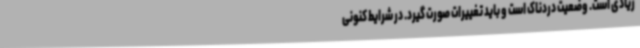
زیادی است. وضعیت دردناک است و باید تغییرات صورت گیرد. در شرایط کنونی